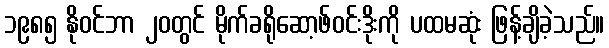
၁၉၈၅ နိုဝင်ဘာ ၂၀တွင် မိုက်ခရိုဆော့ဖ်ဝင်းဒိုးကို ပထမဆုံး ဖြန့်ချိခဲ့သည်။